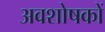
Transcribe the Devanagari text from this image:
अवशोषकों